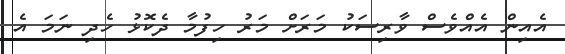
އެއިން އެއްވެސް ވާރިސަކު މަރަށް މަރު ހިފުމާ ދެކޮޅު ހެދި ނަމަ އެ